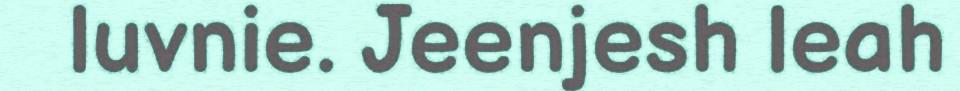
luvnie. Jeenjesh leah